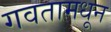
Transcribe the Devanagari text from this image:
गवतामधून